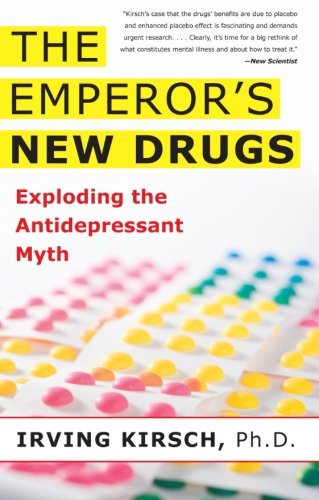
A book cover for The Emperor's New Drugs: Exploding the Antidepressant Myth; Irving Kirsch; Medical Books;